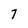
Character: 7